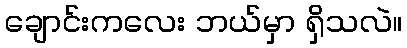
ချောင်းကလေး ဘယ်မှာ ရှိသလဲ။